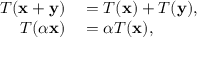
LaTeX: \begin{array} { r l } { T ( \mathbf { x } + \mathbf { y } ) } & { { } = T ( \mathbf { x } ) + T ( \mathbf { y } ) , } \\ { T ( \alpha \mathbf { x } ) } & { { } = \alpha T ( \mathbf { x } ) , } \end{array}